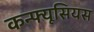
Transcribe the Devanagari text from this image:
कन्फ्यूसियस